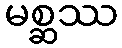
မစ္ဆဿ